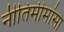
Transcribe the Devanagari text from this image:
नीतिमीमांसा